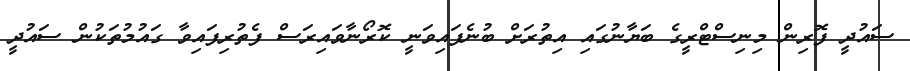
ސައުދީ ފޮރިން މިނިސްޓްރީގެ ބަޔާނުގައި އިތުރަށް ބުނެފައިވަނީ ކޮރޯނާވައިރަސް ފެތުރިފައިވާ ގައުމުތަކުން ސައުދީ